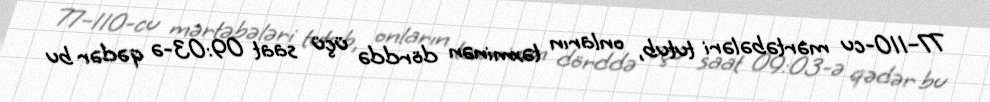
77–110-cu mərtəbələri tutub, onların təxminən dörddə üçü saat 09:03-ə qədər bu